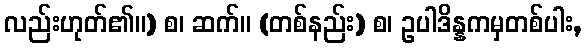
လည်းဟုတ်၏။) စ၊ ဆက်။ (တစ်နည်း) စ၊ ဥပါဒိန္နကမှတစ်ပါး,